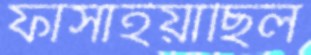
ফাঁসাইয়াছিল